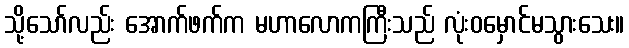
သို့သော်လည်း အောက်ဖက်က မဟာလောကကြီးသည် လုံးဝမှောင်မသွားသေး။